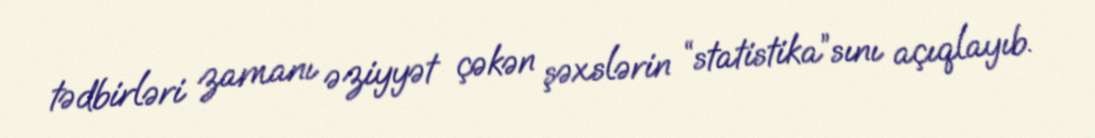
tədbirləri zamanı əziyyət çəkən şəxslərin “statistika”sını açıqlayıb.